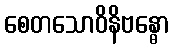
စေတသောဝိနိဗန္ဓော